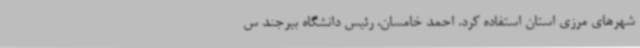
شهرهای مرزی استان استفاده کرد. احمد خامسان، رئیس دانشگاه بیرجند س